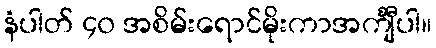
နံပါတ် ၄၀ အစိမ်းရောင်မိုးကာအင်္ကျီပါ။